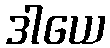
ဒါယေ